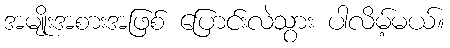
အမျိုးအစားအဖြစ် ပြောင်းလဲသွား ပါလိမ့်မယ်။